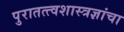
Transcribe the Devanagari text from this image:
पुरातत्त्वशास्त्रज्ञांचा